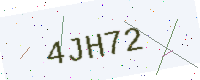
Text: 4JH72